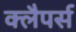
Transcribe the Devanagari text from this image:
क्लैपर्स